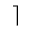
\rceil